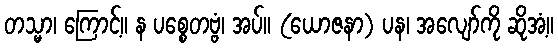
တသ္မာ၊ ကြောင့်။ န ပစ္စေတဗ္ဗံ၊ အပ်။ (ယောဇနာ) ပန၊ အလျော်ကို ဆိုအံ့။